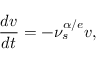
\frac { d v } { d t } = - \nu _ { s } ^ { \alpha / e } v ,